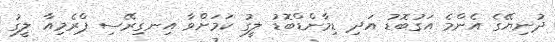
ދުނިޔޭގެ އެންމެ އަގުބޮޑު އަދި ޑިމާންޑްބޮޑު ލީގު ކަމަށްވާ އިނގިރޭސި ޕްރެމިއާ ލީގު